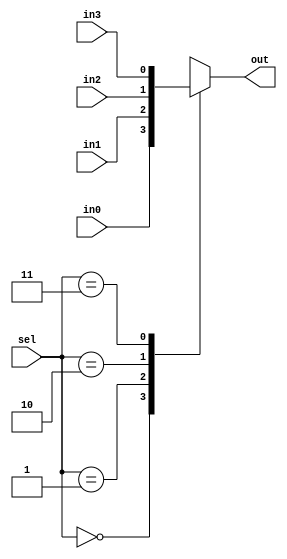
module mux4(output reg  out, input in0, in1, in2, in3, input [1:0] sel);
   
   always @(*) begin
      case(sel)
	2'd0: out = in0;
	2'd1: out = in1;
	2'd2: out = in2;
	2'd3: out = in3;
      endcase
   end

endmodule